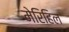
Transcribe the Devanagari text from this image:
मेरिहिल